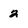
Character: 2